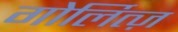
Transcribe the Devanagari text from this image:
गोर्लित्ज़